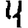
Digit: 4